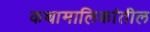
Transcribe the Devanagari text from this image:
कथामालिकांतील